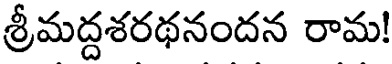
శ్రీమద్దశరథనందన రామ!